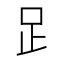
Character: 𧾷